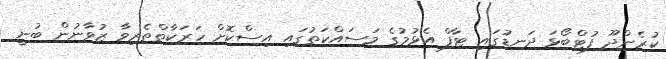
ކުރެންދޫ ފުޓްބޯޅަ ދަނޑުގައި ޓާފް އެޅުމުގެ މަސައްކަތުގައި އިސްކޮށް ހަރަކާތްތެރިވާ ޒުވާނުން ބުނީ